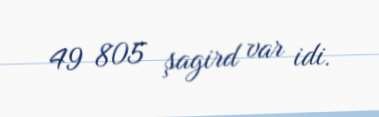
49 805 şagird var idi.